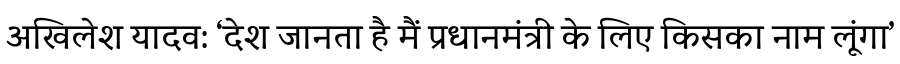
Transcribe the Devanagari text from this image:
अखिलेश यादव: ‘देश जानता है मैं प्रधानमंत्री के लिए किसका नाम लूंगा’